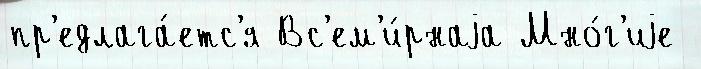
пр'едлага́етс'я Вс'ем'и́рнаjа Мно́г'иjе